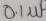
Text: 0.1µF